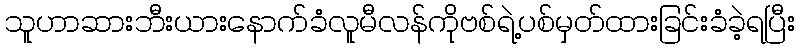
သူဟာဆားဘီးယားနောက်ခံလူမီလန်ကိုဗစ်ရဲ့ပစ်မှတ်ထားခြင်းခံခဲ့ရပြီး